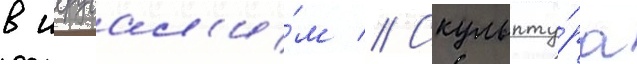
в иерусал'и́м // Скульпту́ра